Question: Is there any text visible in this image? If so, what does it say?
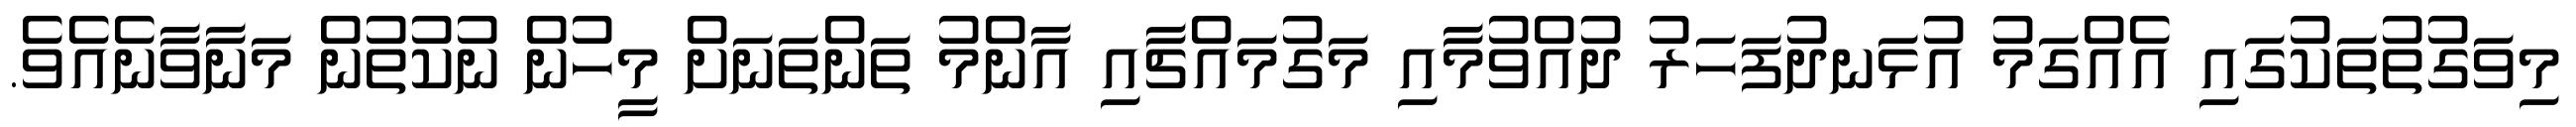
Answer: މިވަގުތުތަކުގައި އެއްގަމު އުޅަނދުފަހަރު ދުއްވުމާއި މަގުމައްޗާއި އާންމު ތަންތަނަށް މީހުން ނުކުތުން މަނާވާނެއެވެ.